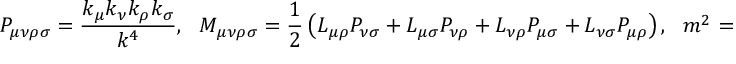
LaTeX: P _ { \mu \nu \rho \sigma } = \frac { k _ { \mu } k _ { \nu } k _ { \rho } k _ { \sigma } } { k ^ { 4 } } , \ \ \ M _ { \mu \nu \rho \sigma } = \frac { 1 } { 2 } \left( L _ { \mu \rho } P _ { \nu \sigma } + L _ { \mu \sigma } P _ { \nu \rho } + L _ { \nu \rho } P _ { \mu \sigma } + L _ { \nu \sigma } P _ { \mu \rho } \right) , \ \ \ m ^ { 2 } = \frac { \alpha \Lambda } { 2 } .